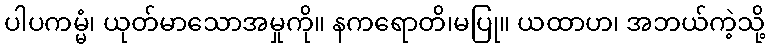
ပါပကမ္မံ၊ ယုတ်မာသောအမှုကို။ နကရောတိ၊မပြု။ ယထာဟ၊ အဘယ်ကဲ့သို့